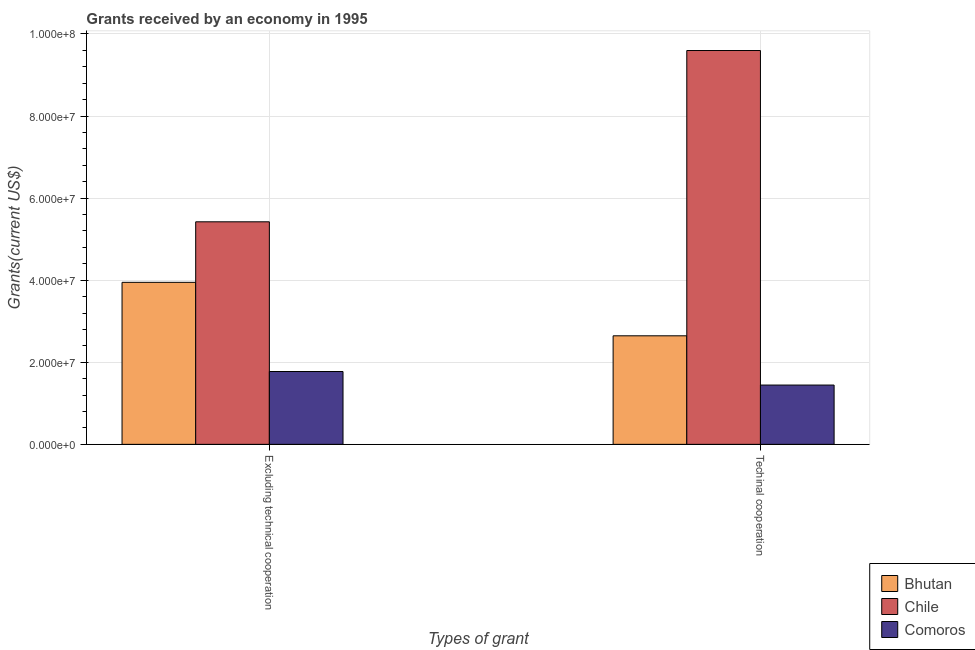
| Types of grant | Bhutan | Chile | Comoros |
 | --- | --- | --- | --- |
 | Excluding technical cooperation | 3.95e+07 | 5.42e+07 | 1.78e+07 |
 | Techinal cooperation | 2.64e+07 | 9.6e+07 | 1.44e+07 |